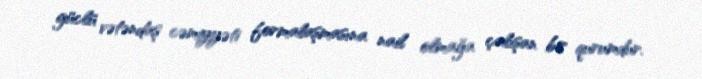
güclü vətəndaş cəmiyyəti formalaşmasına nail olmağa çalışan bir qurumdur.